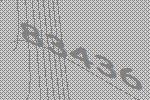
83436